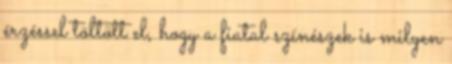
érzéssel töltött el, hogy a fiatal színészek is milyen